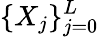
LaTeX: \{ X_{j}\} _{j=0}^{L}